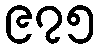
၉၇၅